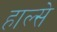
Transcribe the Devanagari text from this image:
हाल्से